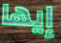
إيها